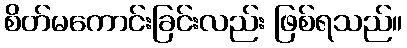
စိတ်မကောင်းခြင်းလည်း ဖြစ်ရသည်။